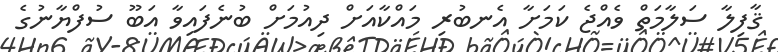
ޤާފިލާ ސަލާމަތް ވެއްޖެ ކަމަށާ އެނބުރި މައްކާއަށް ދިއުމަށް ބުނެފައިވާ އަބޫ ސުފްޔާނުގެ